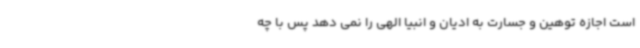
است اجازه توهین و جسارت به ادیان و انبیا الهی را نمی دهد پس با چه